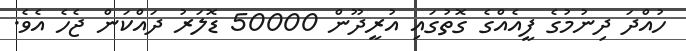
ހުއްދަ ދިނުމުގެ ފީއެއްގެ ގޮތުގައި އުރީދޫން 50000 ޑޮލަރު ދައްކަން ޖެހެ އެވެ.